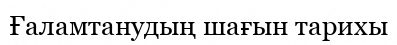
Ғаламтанудың шағын тарихы